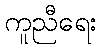
ကူညီရေး